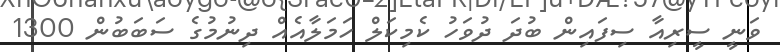
ވަނީ ސީރިއާ ސިފައިން ބުދަ ދުވަހު ކެމިކަލް ހަމަލާއެއް ދިނުމުގެ ސަބަބުން 1300